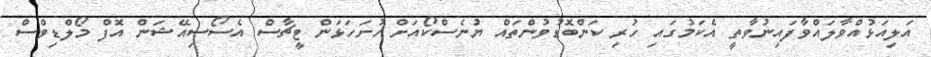
އަލިއަޅުއްވާލައްވާފައިނުވާތީ އެކަމުގައި ހުރި ކަންބޮޑުވުންތައް ޔުނެސްކޯއަށް ހުށަހަޅަން ޓީޗާސް އެސޯސިއޭޝަން އޮފް މޯލްޑިވްސް